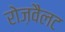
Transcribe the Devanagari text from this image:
रोज़वैलट